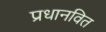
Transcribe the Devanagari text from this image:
प्रधानवित